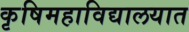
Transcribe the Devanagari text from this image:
कृषिमहाविद्यालयात